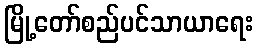
မြို့တော်စည်ပင်သာယာရေး